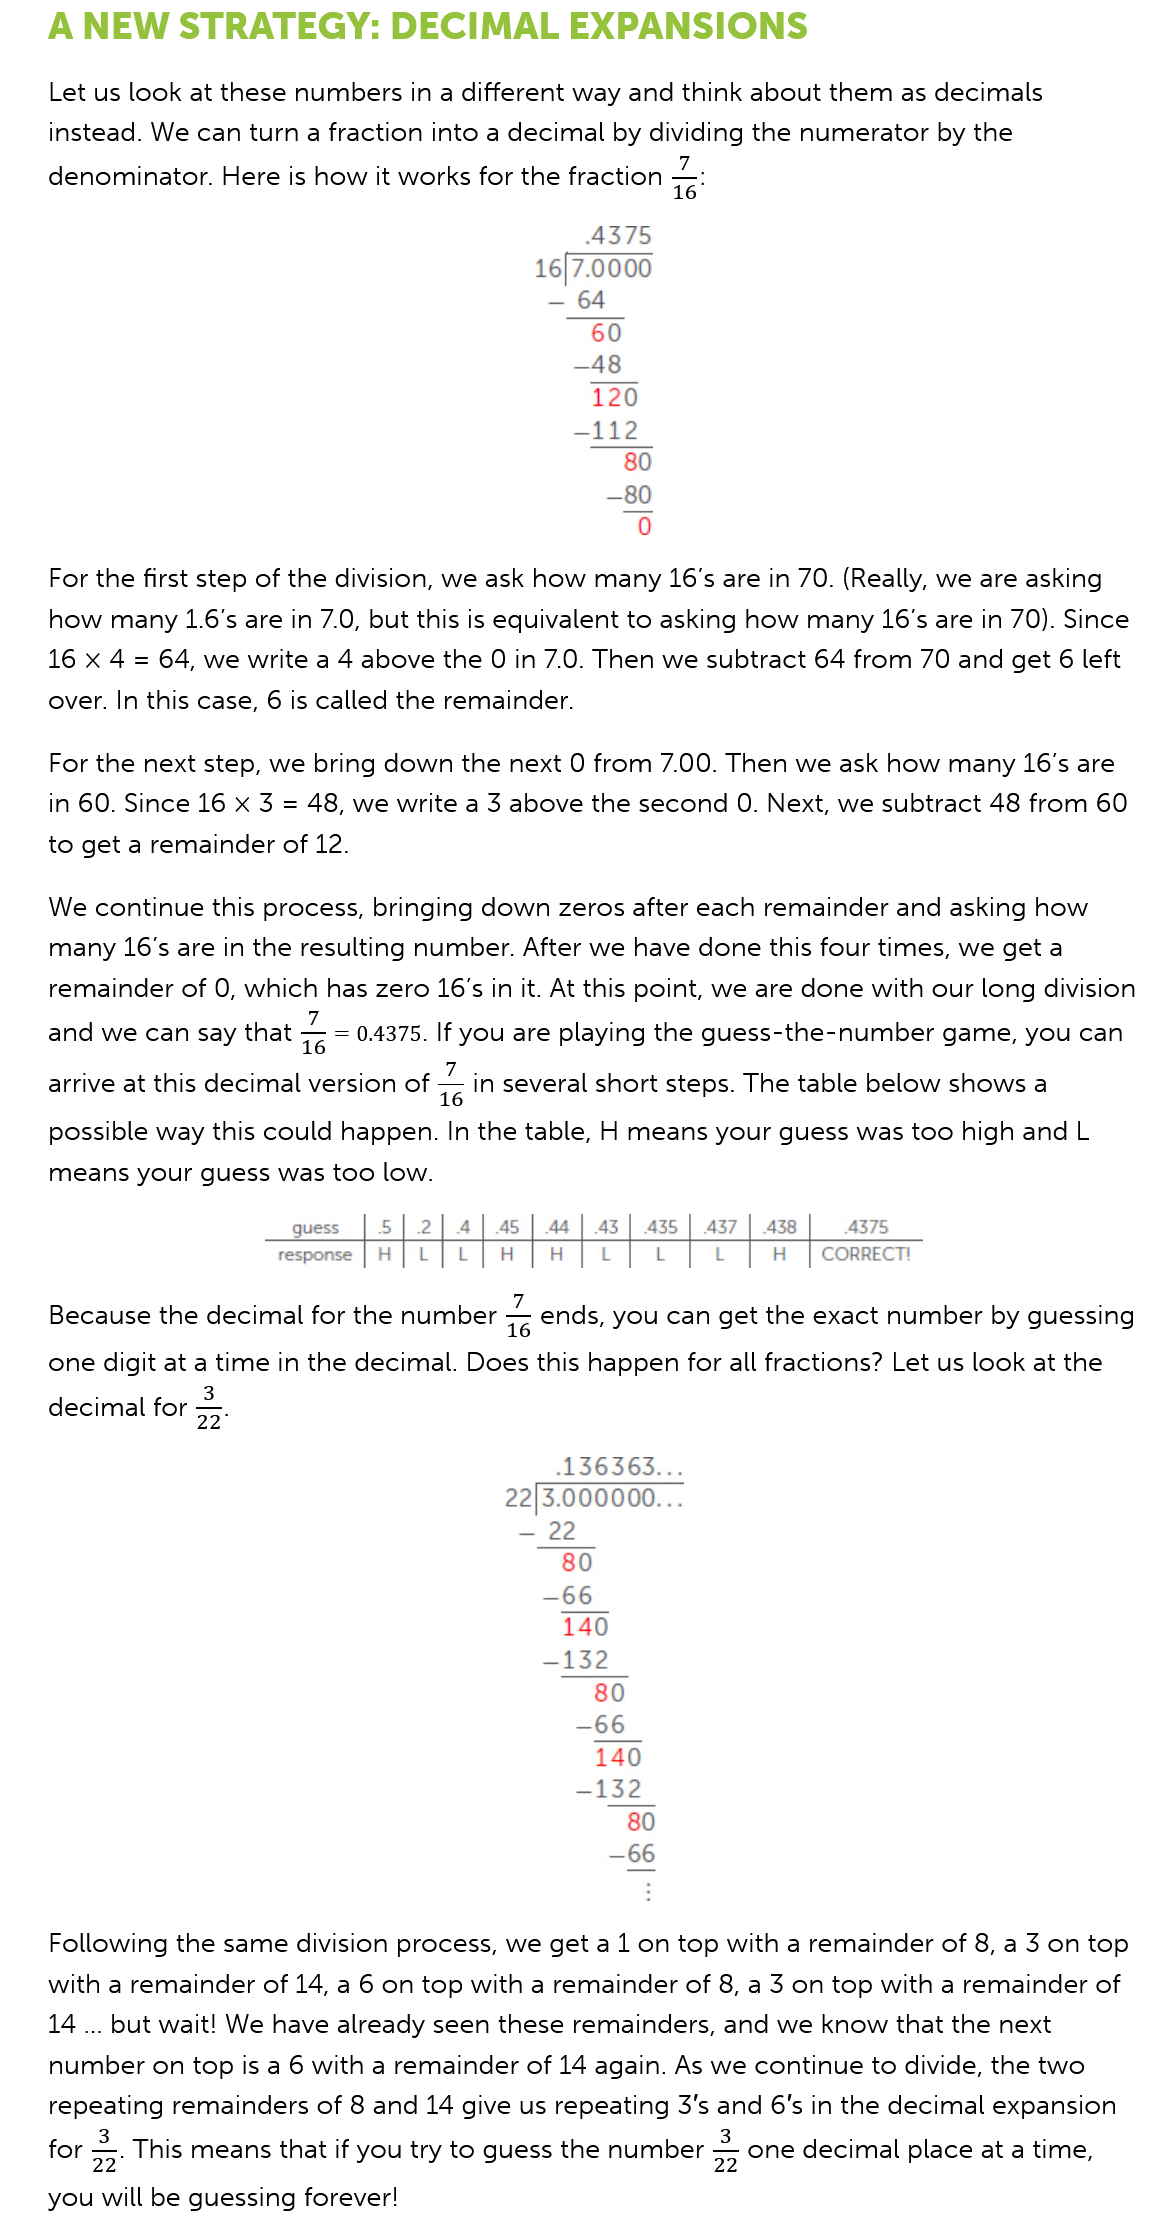
A NEW    STRATEGY:    DECIMAL    EXPANSIONS
    Let us look at these numbers in a different way and think about them as decimals
    instead. We can turn a fraction into a decimal by dividing the numerator by the
    denominator. Here is how it works for the fraction z
    For the first step of the division, we ask how many 16's are in 70. (Really, we are asking
    how many 1.6’s are in 7.0, but this is equivalent to asking how many 16's are in 70). Since
    16 x 4 = 64, we write a 4 above the 0 in 7.0. Then we subtract 64 from 70 and get 6 left
    over. In this case, 6 is called the remainder.
    For the next step, we bring down the next 0 from 7.00. Then we ask how many 16's are
    in 60. Since 16 x 3 = 48, we write a 3 above the second O. Next, we subtract 48 from 60
    to get a remainder of 12.
    We continue this process, bringing down zeros after each remainder and asking how
    many 16's are in the resulting number. After we have done this four times, we get a
    remainder of 0, which has zero 16's in it. At this point, we are done with our long division
    and we can say that z = 0.4375. If you are playing the guess-the-number game, you can
    arrive at this decimal version of Z in several short steps. The table below shows a
    possible way this could happen. In the table, H means your guess was too high and L
    means your guess was too low.
    Following the same division process, we get a 1 on top with a remainder of 8, a 3 on top
    with a remainder of 14, a 6 on top with a remainder of 8, a 3 on top with a remainder of
    14
     ...
     but wait! We have already seen these remainders, and we know that the next
    number on top is a 6 with a remainder of 14 again. As we continue to divide, the two
    repeating remainders of 8 and 14 give us repeating 3's and 6's in the decimal expansion
    for = This means that if you try to guess the number = one decimal place at a time,
    you will be guessing forever!
    Because the decimal for the number = ends, you can get the exact number by guessing
    one digit at a time in the decimal. Does this happen for all fractions? Let us look at the
     .
     3
    decimal for
     oe